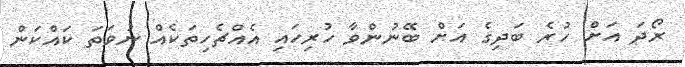
ރޯދަ އަށް ހުރެ ބަދިގެ އަށް ބޭނުންވާ ހުރިހައި އެއްޗެހިތަކެއް ނުވަތަ ކައްކަން